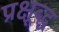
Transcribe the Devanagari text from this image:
प्रक्षूब्द्ध